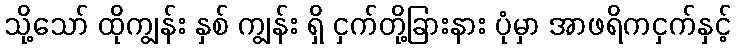
သို့သော် ထိုကျွန်း နှစ် ကျွန်း ရှိ ငှက်တို့ခြားနား ပုံမှာ အာဖရိကငှက်နှင့်